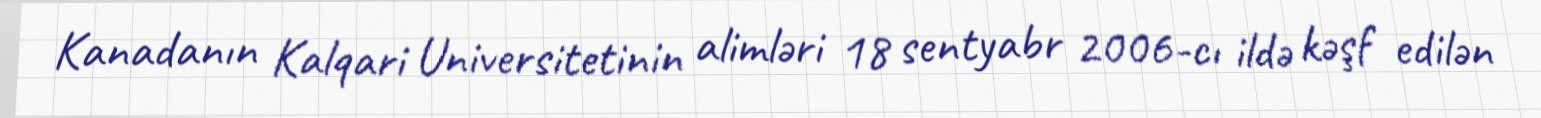
Kanadanın Kalqari Universitetinin alimləri 18 sentyabr 2006-cı ildə kəşf edilən